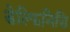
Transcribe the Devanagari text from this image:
डेल्फिनिडि